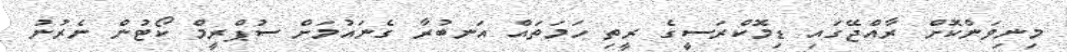
މިނިވަންކޮށް ރާއްޖޭގައި ޑިމޮކްރަސީގެ ރީތި ހަމަތައް އަނބުރާ ގެނައުމަށް ސުޕްރީމް ކޯޓުން ނެރުނު